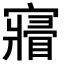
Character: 𡫔